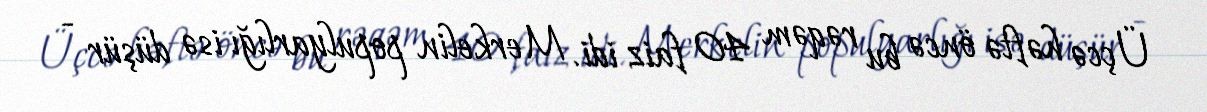
Üçcə həftə öncə bu rəqəm 40 faiz idi. Merkelin populyarlığı isə düşür -